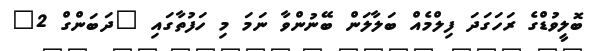
ބޮލީވުޑްގެ ރަހަގަދަ ފިލްމެއް ބަލާލަން ބޭނުންވާ ނަމަ މި ހަފުތާގައި "ދަބަންގް 2"